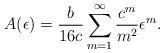
LaTeX: \begin{align*}A(\epsilon) = \frac{b}{16 c}\sum_{m=1}^\infty{\frac{c^m}{m^2} \epsilon^m}.\end{align*}